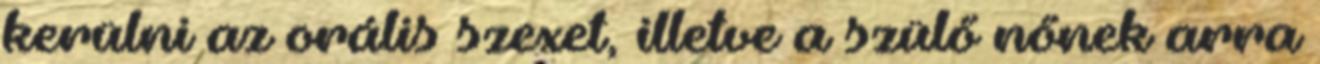
kerülni az orális szexet, illetve a szülő nőnek arra